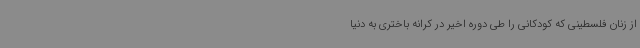
از زنان فلسطینی که کودکانی را طی دوره اخیر در کرانه باختری به دنیا